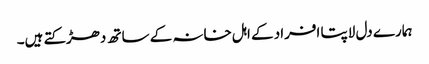
ہمارے دل لاپتا افراد کے اہل خانہ کے ساتھ دھڑکتے ہیں۔